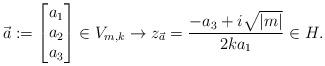
LaTeX: \begin{align*} \vec{a}:=\begin{bmatrix} a_1\\a_2\\a_3\end{bmatrix}\in V_{m,k} \to z_{\vec{a}}=\frac{-a_3+i\sqrt{|m|}}{2ka_1} \in H. \end{align*}